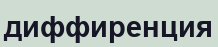
диффиренция